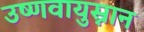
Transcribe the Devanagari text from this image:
उष्णवायुस्नान